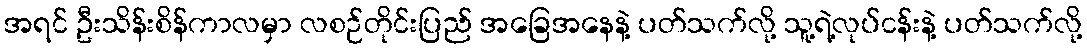
အရင် ဦးသိန်းစိန်ကာလမှာ လစဉ်တိုင်းပြည် အခြေအနေနဲ့ ပတ်သက်လို့ သူ့ရဲ့လုပ်ငန်းနဲ့ ပတ်သက်လို့